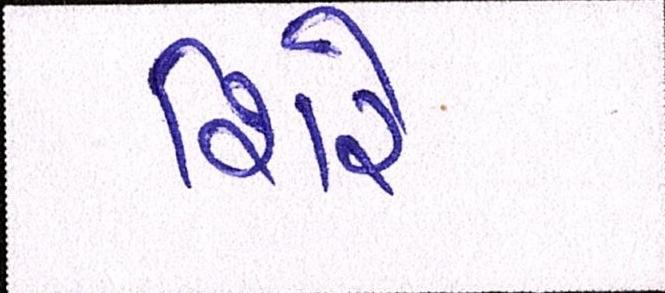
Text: શિરે